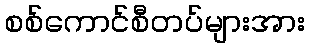
စစ်ကောင်စီတပ်များအား